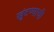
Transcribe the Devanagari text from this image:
खुंटण्याची